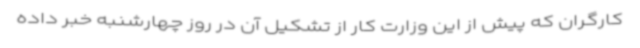
کارگران که پیش از این وزارت کار از تشکیل آن در روز چهارشنبه خبر داده